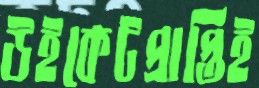
উইকেটপ্রাপ্তিই